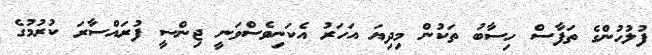
ފުލުހުންގެ ތަފާސް ހިސާބު ތަކުން މިދިޔަ އަހަރު އެކަނިވެސްވަނީ ޖިންސީ ފުރައްސާރަ ކުރުމުގެ